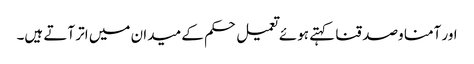
اور آمنا وصدقنا کہتے ہوئے تعمیل حکم کے میدان میں اتر آتے ہیں۔